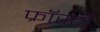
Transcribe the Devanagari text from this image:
फ्रॉस्टी